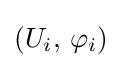
(U_{i},\,\varphi _{i})